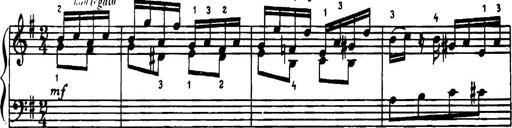
Title: 34 Keyboard Sonatinas
Composer: Georg Benda